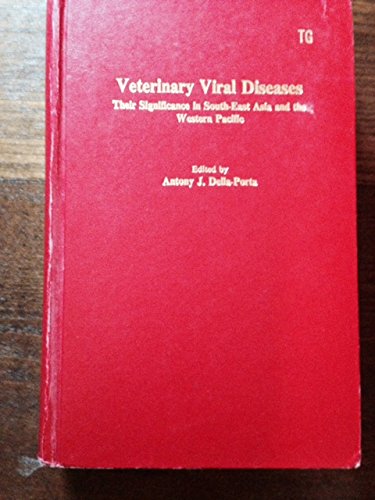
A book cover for Veterinary Viral Diseases: Their Significance in South-East Asia and the Western Pacific; Medical Books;